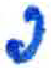
אות: פ